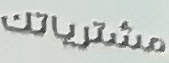
مشترياتك